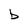
Character: b